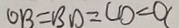
O B = B D = C D = O C